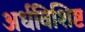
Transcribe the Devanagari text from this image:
अर्धविशिष्ट